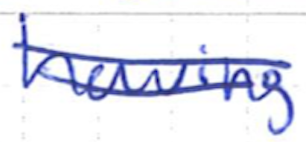
Text: having
Cross-out: double-line
Writing tool: ballpoint